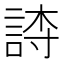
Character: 𬢫